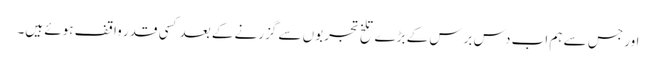
اور جس سے ہم اب دس برس کے بڑے تلخ تجربوں سے گزرنے کے بعد کسی قدر واقف ہوئے ہیں۔